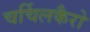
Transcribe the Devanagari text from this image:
चर्चिलकैरो